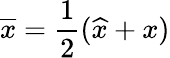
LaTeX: \overline{x}=\frac 12(\widehat x+x)